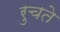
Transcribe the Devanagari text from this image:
रुचते